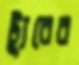
ট্যুরের